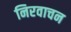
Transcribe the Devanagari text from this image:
निरवाचन